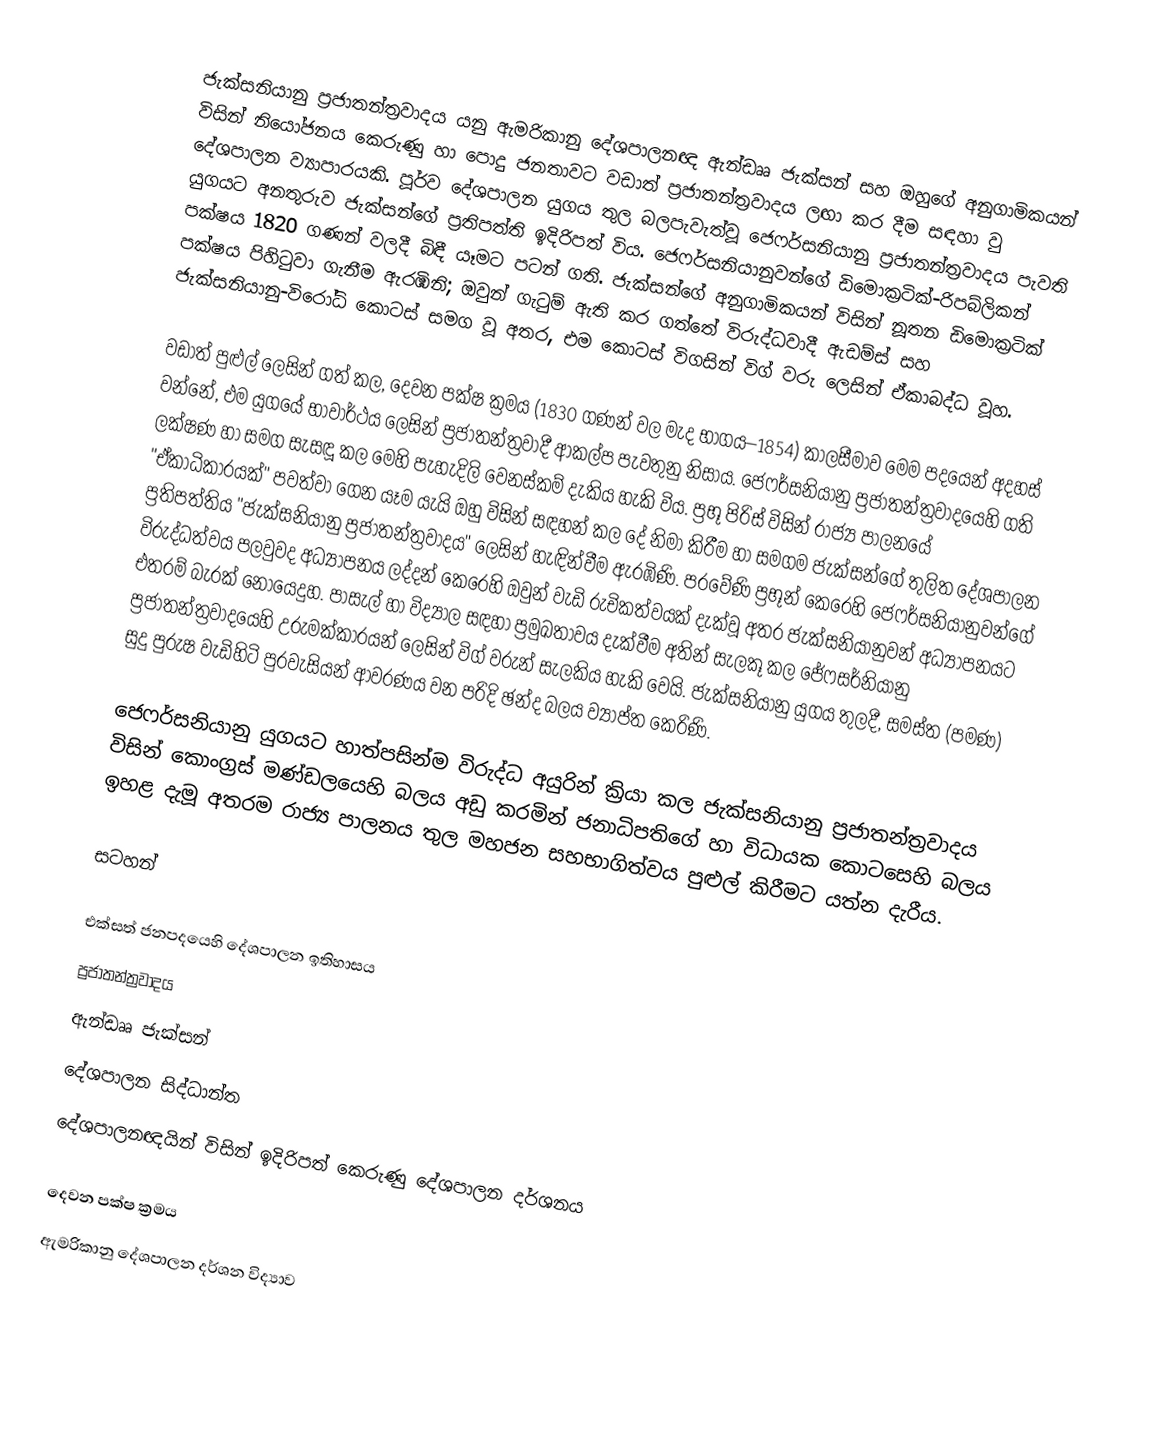
ජැක්සනියානු ප්‍රජාතන්ත්‍රවාදය යනු ඇමරිකානු දේශපාලනඥ ඇන්ඩෲ ජැක්සන් සහ ඔහුගේ අනුගාමිකයන් විසින් නියෝජනය කෙරුණු හා පොදු ජනතාවට වඩාත් ප්‍රජාතන්ත්‍රවාදය ලඟා කර දීම සඳහා වු දේශපාලන ව්‍යාපාරයකි.  පූර්ව දේශපාලන යුගය තුල බලපැවැත්වූ  ජෙෆර්සනියානු ප්‍රජාතන්ත්‍රවාදය පැවති යුගයට අනතුරුව ජැක්සන්ගේ ප්‍රතිපත්ති ඉදිරිපත් විය. ජෙෆර්සනියානුවන්ගේ ඩිමොක්‍රටික්-රිපබ්ලිකන් පක්ෂය 1820 ගණන් වලදී බිඳී යෑමට පටන් ගති. ජැක්සන්ගේ අනුගාමිකයන් විසින් නූතන ඩිමොක්‍රටික් පක්ෂය පිහිටුවා ගැනීම ඇරඹිනි; ඔවුන් ගැටුම් ඇති කර ගත්තේ විරුද්ධවාදී ඇඩම්ස් සහ ජැක්සනියානු-විරෝධි කොටස් සමග වූ අතර, එම කොටස් විගසින් විග් වරු ලෙසින් ඒකාබද්ධ වූහ.

වඩාත් පුළුල් ලෙසින් ගත් කල, දෙවන පක්ෂ ක්‍රමය (1830 ගණන් වල මැද භාගය–1854) කාලසීමාව මෙම පදයෙන් අදහස් වන්නේ, එම යුගයේ භාවාර්ථය ලෙසින් ප්‍රජාතන්ත්‍රවාදී ආකල්ප පැවතුනු නිසාය. ජෙෆර්සනියානු ප්‍රජාතන්ත්‍රවාදයෙහි ගති ලක්ෂණ හා සමග සැසඳූ කල මෙහි පැහැදිලි වෙනස්කම් දැකිය හැකි විය. ප්‍රභූ පිරිස් විසින් රාජ්‍ය පාලනයේ "ඒකාධිකාරයක්" පවත්වා ගෙන යෑම යැයි ඔහු විසින් සඳහන් කල දේ නිමා කිරීම හා සමගම ජැක්සන්ගේ තුලිත දේශපාලන ප්‍රතිපත්තිය  "ජැක්සනියානු  ප්‍රජාතන්ත්‍රවාදය" ලෙසින් හැඳින්වීම ඇරඹිණි. පරවේණි ප්‍රභූන් කෙරෙහි ජෙෆර්සනියානුවන්ගේ විරුද්ධත්වය පලවුවද අධ්‍යාපනය ලද්දන් කෙරෙහි ඔවුන් වැඩි රුචිකත්වයක් දැක්වූ අතර ජැක්සනියානුවන් අධ්‍යාපනයට එතරම් බැරක් නොයෙදුහ. පාසැල් හා විද්‍යාල සඳහා ප්‍රමුඛතාවය දැක්වීම අතින් සැලකූ කල ජේෆසර්නියානු ප්‍රජාතන්ත්‍රවාදයෙහි උරුමක්කාරයන් ලෙසින් විග් වරුන් සැලකිය හැකි වෙයි.  ජැක්සනියානු යුගය තුලදී, සමස්ත (පමණ)  සුදු පුරුෂ වැඩිහිටි පුරවැසියන් ආවරණය වන පරිදි ඡන්ද බලය ව්‍යාප්ත කෙරිණි.

ජෙෆර්සනියානු යුගයට හාත්පසින්ම විරුද්ධ අයුරින් ක්‍රියා කල ජැක්සනියානු ප්‍රජාතන්ත්‍රවාදය විසින් කොංග්‍රස් මණ්ඩලයෙහි බලය අඩු කරමින් ජනාධිපතිගේ හා විධායක  කොටසෙහි බලය ඉහළ දැමූ අතරම රාජ්‍ය පාලනය තුල මහජන සහභාගිත්වය පුළුල් කිරීමට යත්න දැරීය.

සටහන්

එක්සත් ජනපදයෙහි දේශපාලන ඉතිහාසය
ප්‍රජාතන්ත්‍රවාදය
ඇන්ඩෲ ජැක්සන්
දේශපාලන සිද්ධාන්ත
දේශපාලනඥයින් විසින් ඉදිරිපත් කෙරුණු දේශපාලන දර්ශනය

දෙවන පක්ෂ ක්‍රමය
ඇමරිකානු දේශපාලන දර්ශන විද්‍යාව